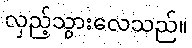
လှည့်သွားလေသည်။